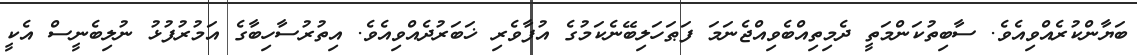
ބަޔާންކުރެއްވިއެވެ. ސާބިތުކަންމަތީ ދެމިތިއްބެވިއްޖެނަމަ ފަޠަހަލިބޭނެކަމުގެ އުފާވެރި ޚަބަރުދެއްވިއެވެ. އިތުރުސާހިބާގެ އަމުރުފުޅު ނުލިބެނީސް އެކީ